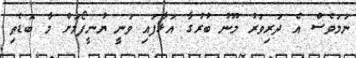
ނަމަވެސް އެ ދަރިވަރު މޫނު ބުރުގާ އަޅާފައި ވަނީ ޔުނީފޯމަށް މާ ބޮޑެތި